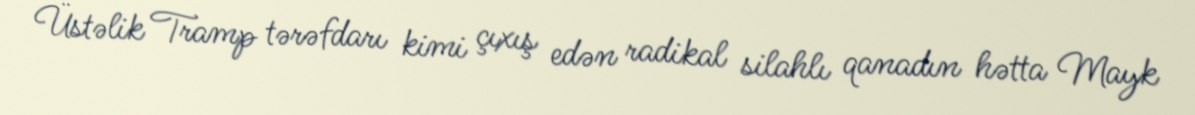
Üstəlik Tramp tərəfdarı kimi çıxış edən radikal silahlı qanadın hətta Mayk